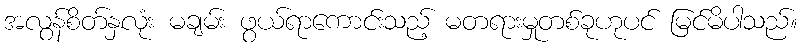
အလွန်စိတ်နှလုံး မချမ်း ဖွယ်ရာကောင်းသည့် မတရားမှုတစ်ခုဟုပင် မြင်မိပါသည်။